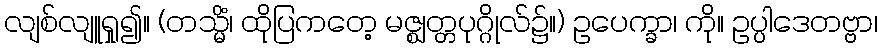
လျစ်လျူရှု၍။ (တသ္မိံ၊ ထိုပြကတေ့ မဇ္ဈတ္တပုဂ္ဂိုလ်၌။) ဥပေက္ခာ၊ ကို။ ဥပ္ပါဒေတဗ္ဗာ၊